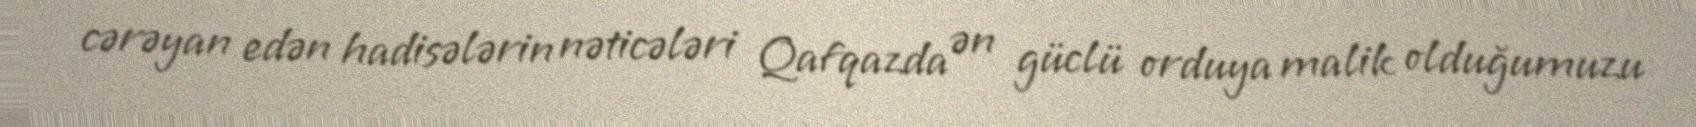
cərəyan edən hadisələrin nəticələri Qafqazda ən güclü orduya malik olduğumuzu